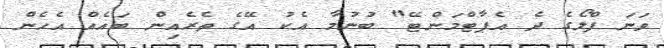
ވަނަ ފްލޯގެ ދެ އެޕާޓްމަންޓޭ" ބުނުމާ އެކު އޭގެ ތެރެއިން ބައެއް އެހެން